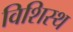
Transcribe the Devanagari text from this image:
विशिस्थ